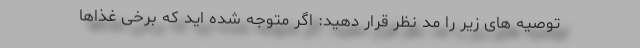
توصیه های زیر را مد نظر قرار دهید: اگر متوجه شده اید که برخی غذاها